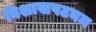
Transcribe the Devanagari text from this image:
विशाखपटनम